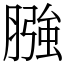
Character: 膙